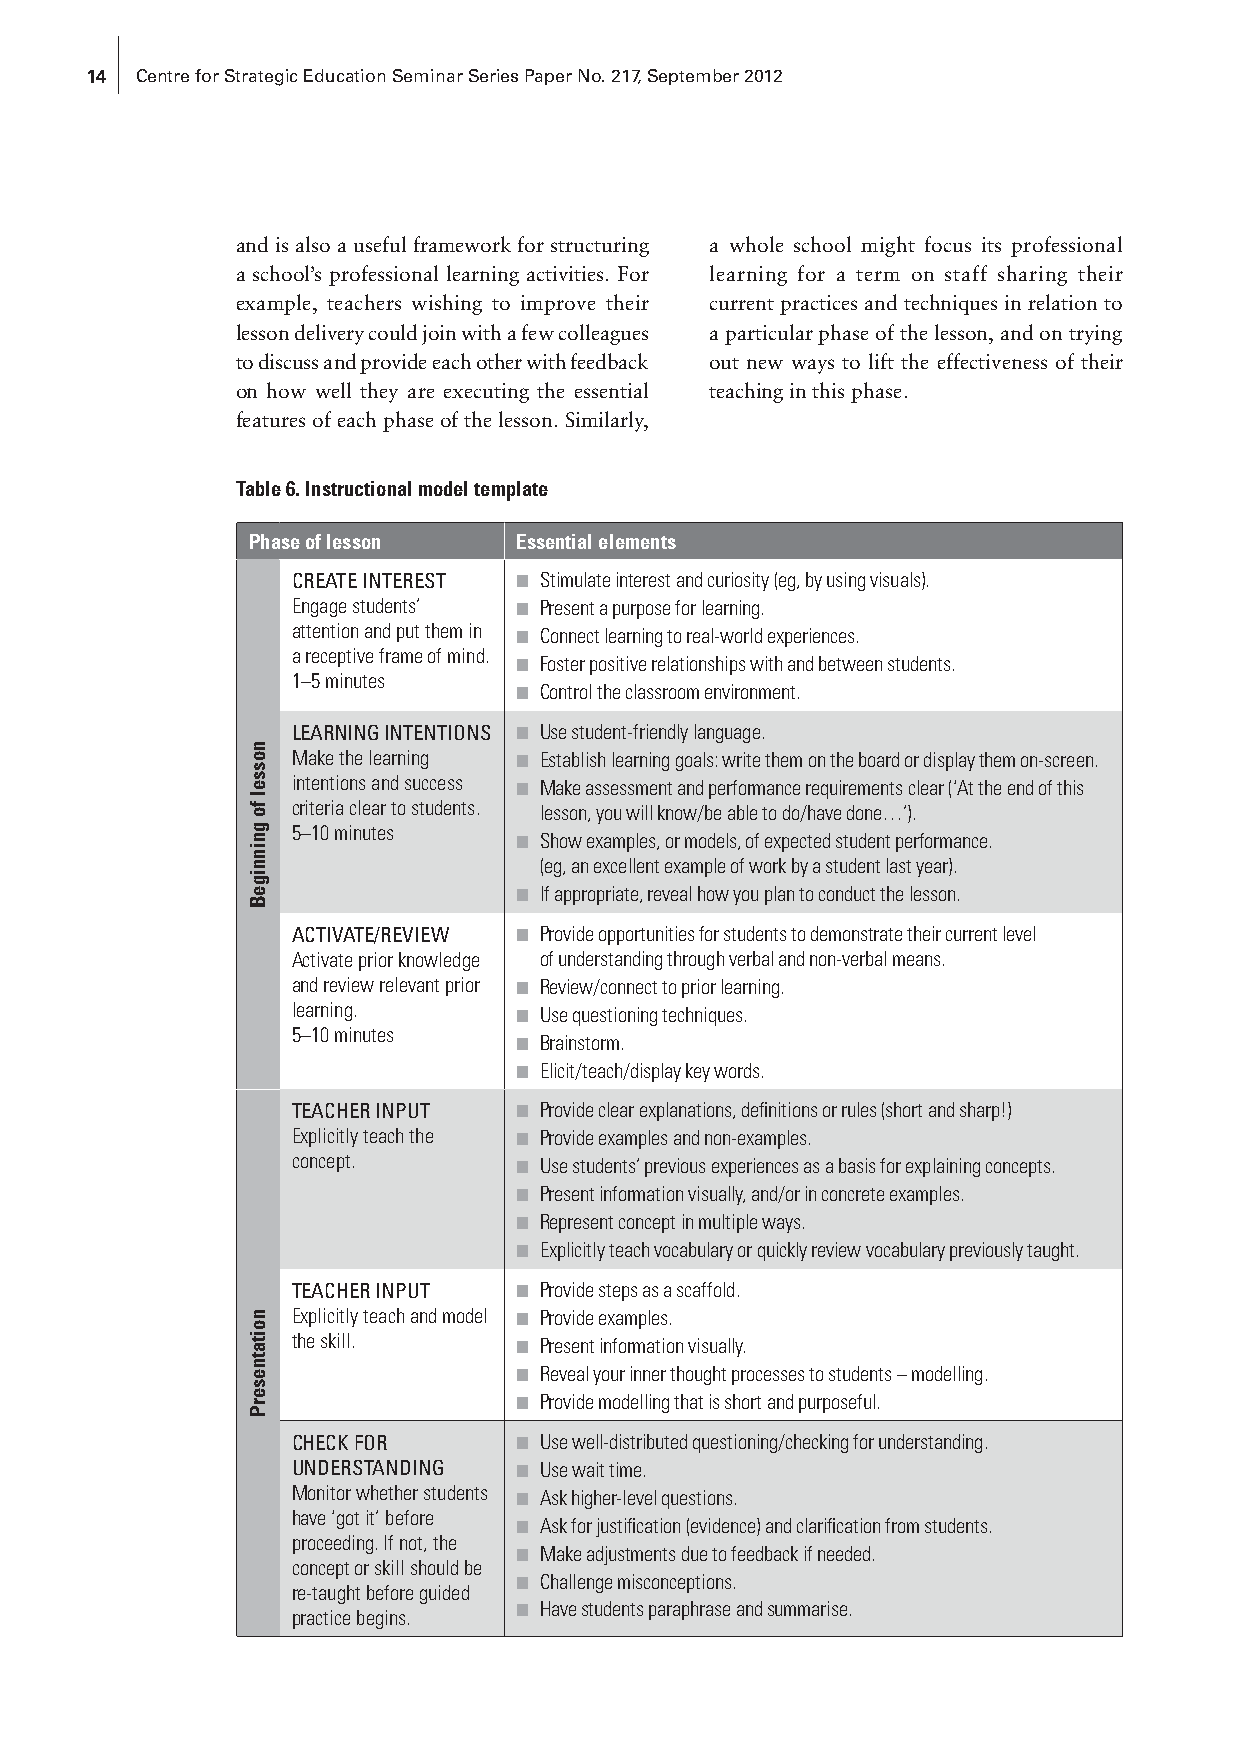
14 Centre for Strategic Education Seminar Series Paper No. 217, September 2012
 and is also a useful framework for structuring a whole school might focus its professional
 a school’s professional learning activities. For learning for a term on staff sharing their
 example, teachers wishing to improve their current practices and techniques in relation to
 lesson delivery could join with a few colleagues a particular phase of the lesson, and on trying
 to discuss and provide each other with feedback out new ways to lift the effectiveness of their
 on how well they are executing the essential teaching in this phase.
 features of each phase of the lesson. Similarly,
 Table 6. Instructional model template
 Phase of lesson   Essential elements
 CREATE INTEREST ■ Stimulate interest and curiosity (eg, by using visuals).
 Engage students’ ■ Present a purpose for learning.
 attention and put them in ■ Connect learning to real-world experiences.
 a receptive frame of mind.
 ■ Foster positive relationships with and between students.
 1–5 minutes
 ■ Control the classroom environment.
 LEARNING INTENTIONS ■ Use student-friendly language.
 Make the learning ■ Establish learning goals: write them on the board or display them on-screen.
 intentions and success ■ Make assessment and performance requirements clear (‘At the end of this
 criteria clear to students. lesson, you will know/be able to do/have done…’).
 5–10 minutes
 ■ Show examples, or models, of expected student performance.
 (eg, an excellent example of work by a student last year).
 ■ If appropriate, reveal how you plan to conduct the lesson.
 ACTIVATE/REVIEW ■ Provide opportunities for students to demonstrate their current level
 Activate prior knowledge of understanding through verbal and non-verbal means.
 and review relevant prior ■ Review/connect to prior learning.
 learning.      ■ Use questioning techniques.
 5–10 minutes
 ■ Brainstorm.
 ■ Elicit/teach/display key words.
 TEACHER INPUT  ■ Provide clear explanations, definitions or rules (short and sharp!)
 Explicitly teach the ■ Provide examples and non-examples.
 concept.       ■ Use students’ previous experiences as a basis for explaining concepts.
 ■ Present information visually, and/or in concrete examples.
 ■ Represent concept in multiple ways.
 ■ Explicitly teach vocabulary or quickly review vocabulary previously taught.
 TEACHER INPUT  ■ Provide steps as a scaffold.
 Explicitly teach and model ■ Provide examples.
 the skill.     ■ Present information visually.
 ■ Reveal your inner thought processes to students – modelling.
 ■ Provide modelling that is short and purposeful.
 CHECK FOR      ■ Use well-distributed questioning/checking for understanding.
 UNDERSTANDING  ■ Use wait time.
 Monitor whether students ■ Ask higher-level questions.
 have ‘got it’ before
 ■ Ask for justification (evidence) and clarification from students.
 proceeding. If not, the
 ■ Make adjustments due to feedback if needed.
 concept or skill should be
 ■ Challenge misconceptions.
 re-taught before guided
 practice begins. ■ Have students paraphrase and summarise.
 nossel
 fo
 gninnigeB
 noitatneserP